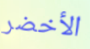
الأخضر